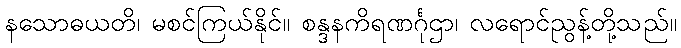
နသောဓယတိ၊ မစင်ကြယ်နိုင်။ စန္ဒနကိရဏင်္ဂုဌာ၊ လရောင်ညွန့်တို့သည်။